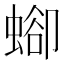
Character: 𧍕